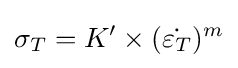
\sigma _{T}=K'\times ({\dot {\varepsilon _{T}}})^{m}